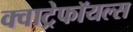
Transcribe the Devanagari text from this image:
क्वाट्रेफॉयल्स